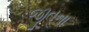
જીતના